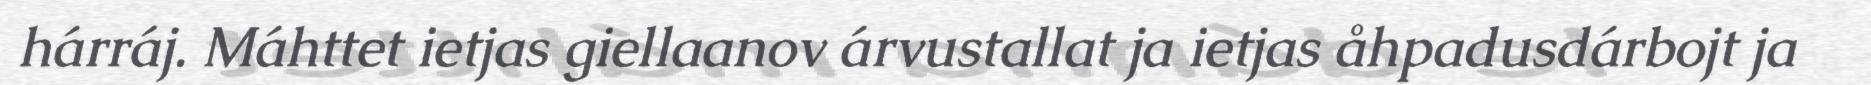
hárráj. Máhttet ietjas giellaanov árvustallat ja ietjas åhpadusdárbojt ja